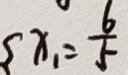
\{ x _ { 1 } = \frac { 6 } { 5 }